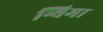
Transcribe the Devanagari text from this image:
न्यिमा